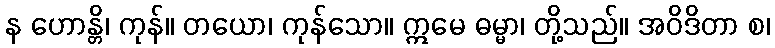
န ဟောန္တိ၊ ကုန်။ တယော၊ ကုန်သော။ ဣမေ ဓမ္မာ၊ တို့သည်။ အဝိဒိတာ စ၊